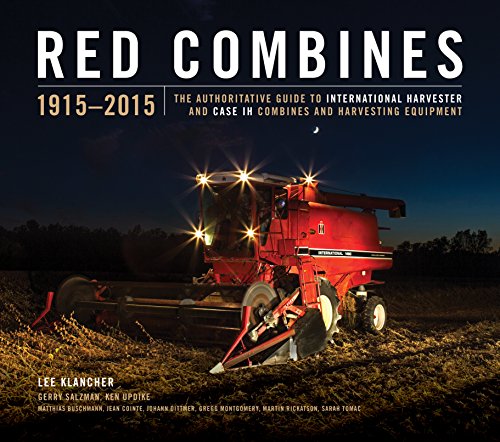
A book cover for Red Combines 1915-2015: The Authoritative Guide to International Harvester and Case IH Combines and Harvesting Equipment; Lee Klancher; Science & Math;